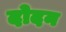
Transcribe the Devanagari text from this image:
दोदन